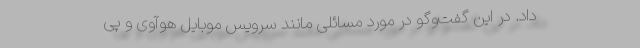
داد. در این گفت‌و‌گو در مورد مسائلی مانند سرویس موبایل هوآوی و پی